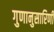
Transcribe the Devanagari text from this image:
गुणानुसारिणी